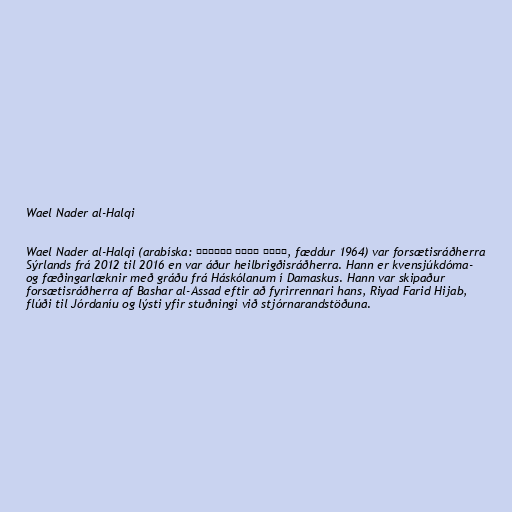
Wael Nader al-Halqi

Wael Nader al-Halqi (arabíska: وائل نادر الحلقي‎, fæddur 1964) var forsætisráðherra
Sýrlands frá 2012 til 2016 en var áður heilbrigðisráðherra. Hann er kvensjúkdóma-
og fæðingarlæknir með gráðu frá Háskólanum í Damaskus. Hann var skipaður
forsætisráðherra af Bashar al-Assad eftir að fyrirrennari hans, Riyad Farid Hijab,
flúði til Jórdaníu og lýsti yfir stuðningi við stjórnarandstöðuna.